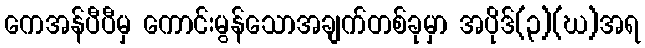
ကေအန်ပီပီမှ ကောင်းမွန်သောအချက်တစ်ခုမှာ အပိုဒ်(၃)(ဃ)အရ